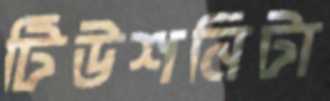
টিউশনিটা